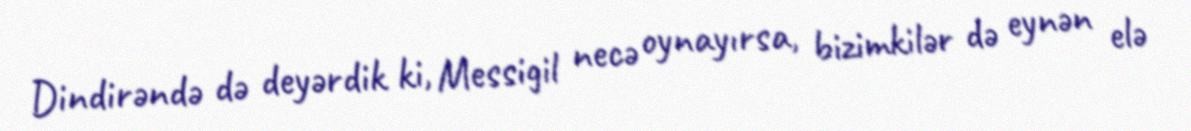
Dindirəndə də deyərdik ki, Messigil necə oynayırsa, bizimkilər də eynən elə